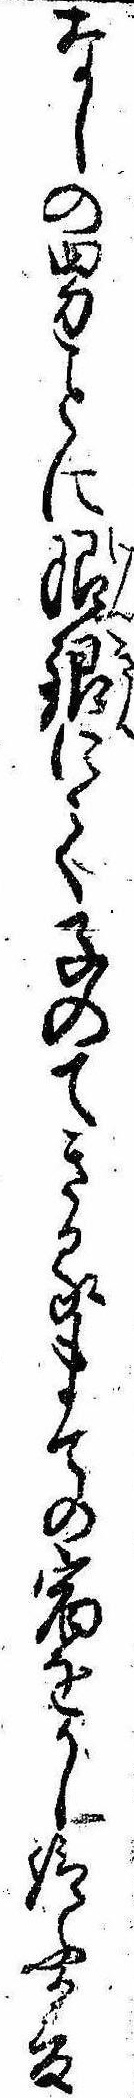
なしの男こに限銀にて子のてきるまての宿をかし給ふか爰